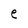
Character: e